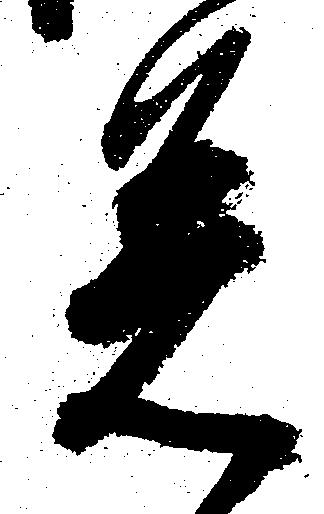
着